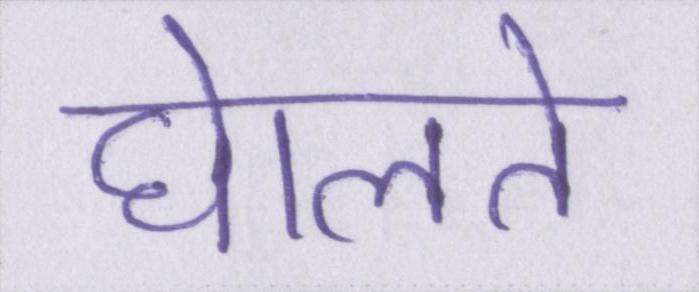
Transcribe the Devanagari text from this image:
घेालते